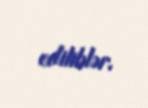
ediliblər.